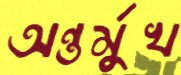
অন্তর্মুখ